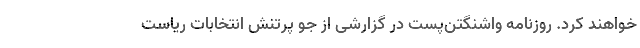
خواهند کرد. روزنامه واشنگتن‌پست در گزارشی از جو پرتنش انتخابات ریاست